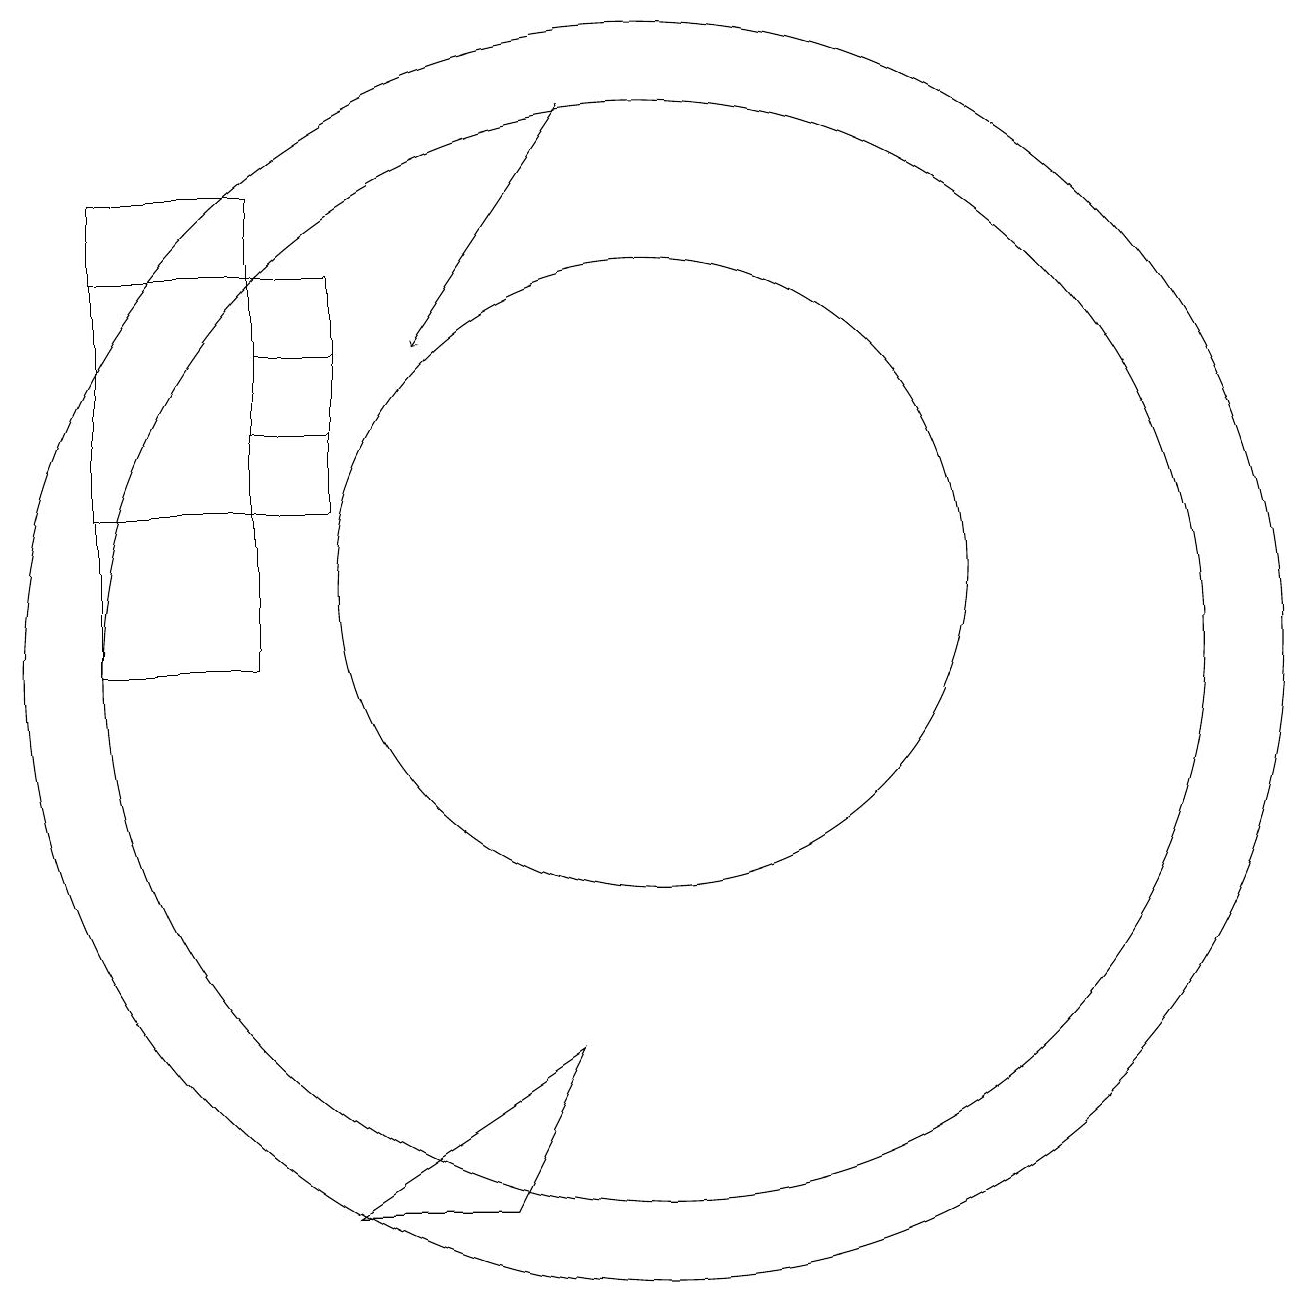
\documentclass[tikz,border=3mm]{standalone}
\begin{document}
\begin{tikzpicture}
\draw (10,11) circle (8);
\draw (10,12) circle (4);
\draw (10,11) circle (7);
\draw (5,15) rectangle (6,14);
\draw (3,11) rectangle (5,17);
\draw (8,4) -- (9,6) -- (6,4) -- cycle;
\draw[->] (9,18) -- (7,15);
\draw (3,13) rectangle (6,16);
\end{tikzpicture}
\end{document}